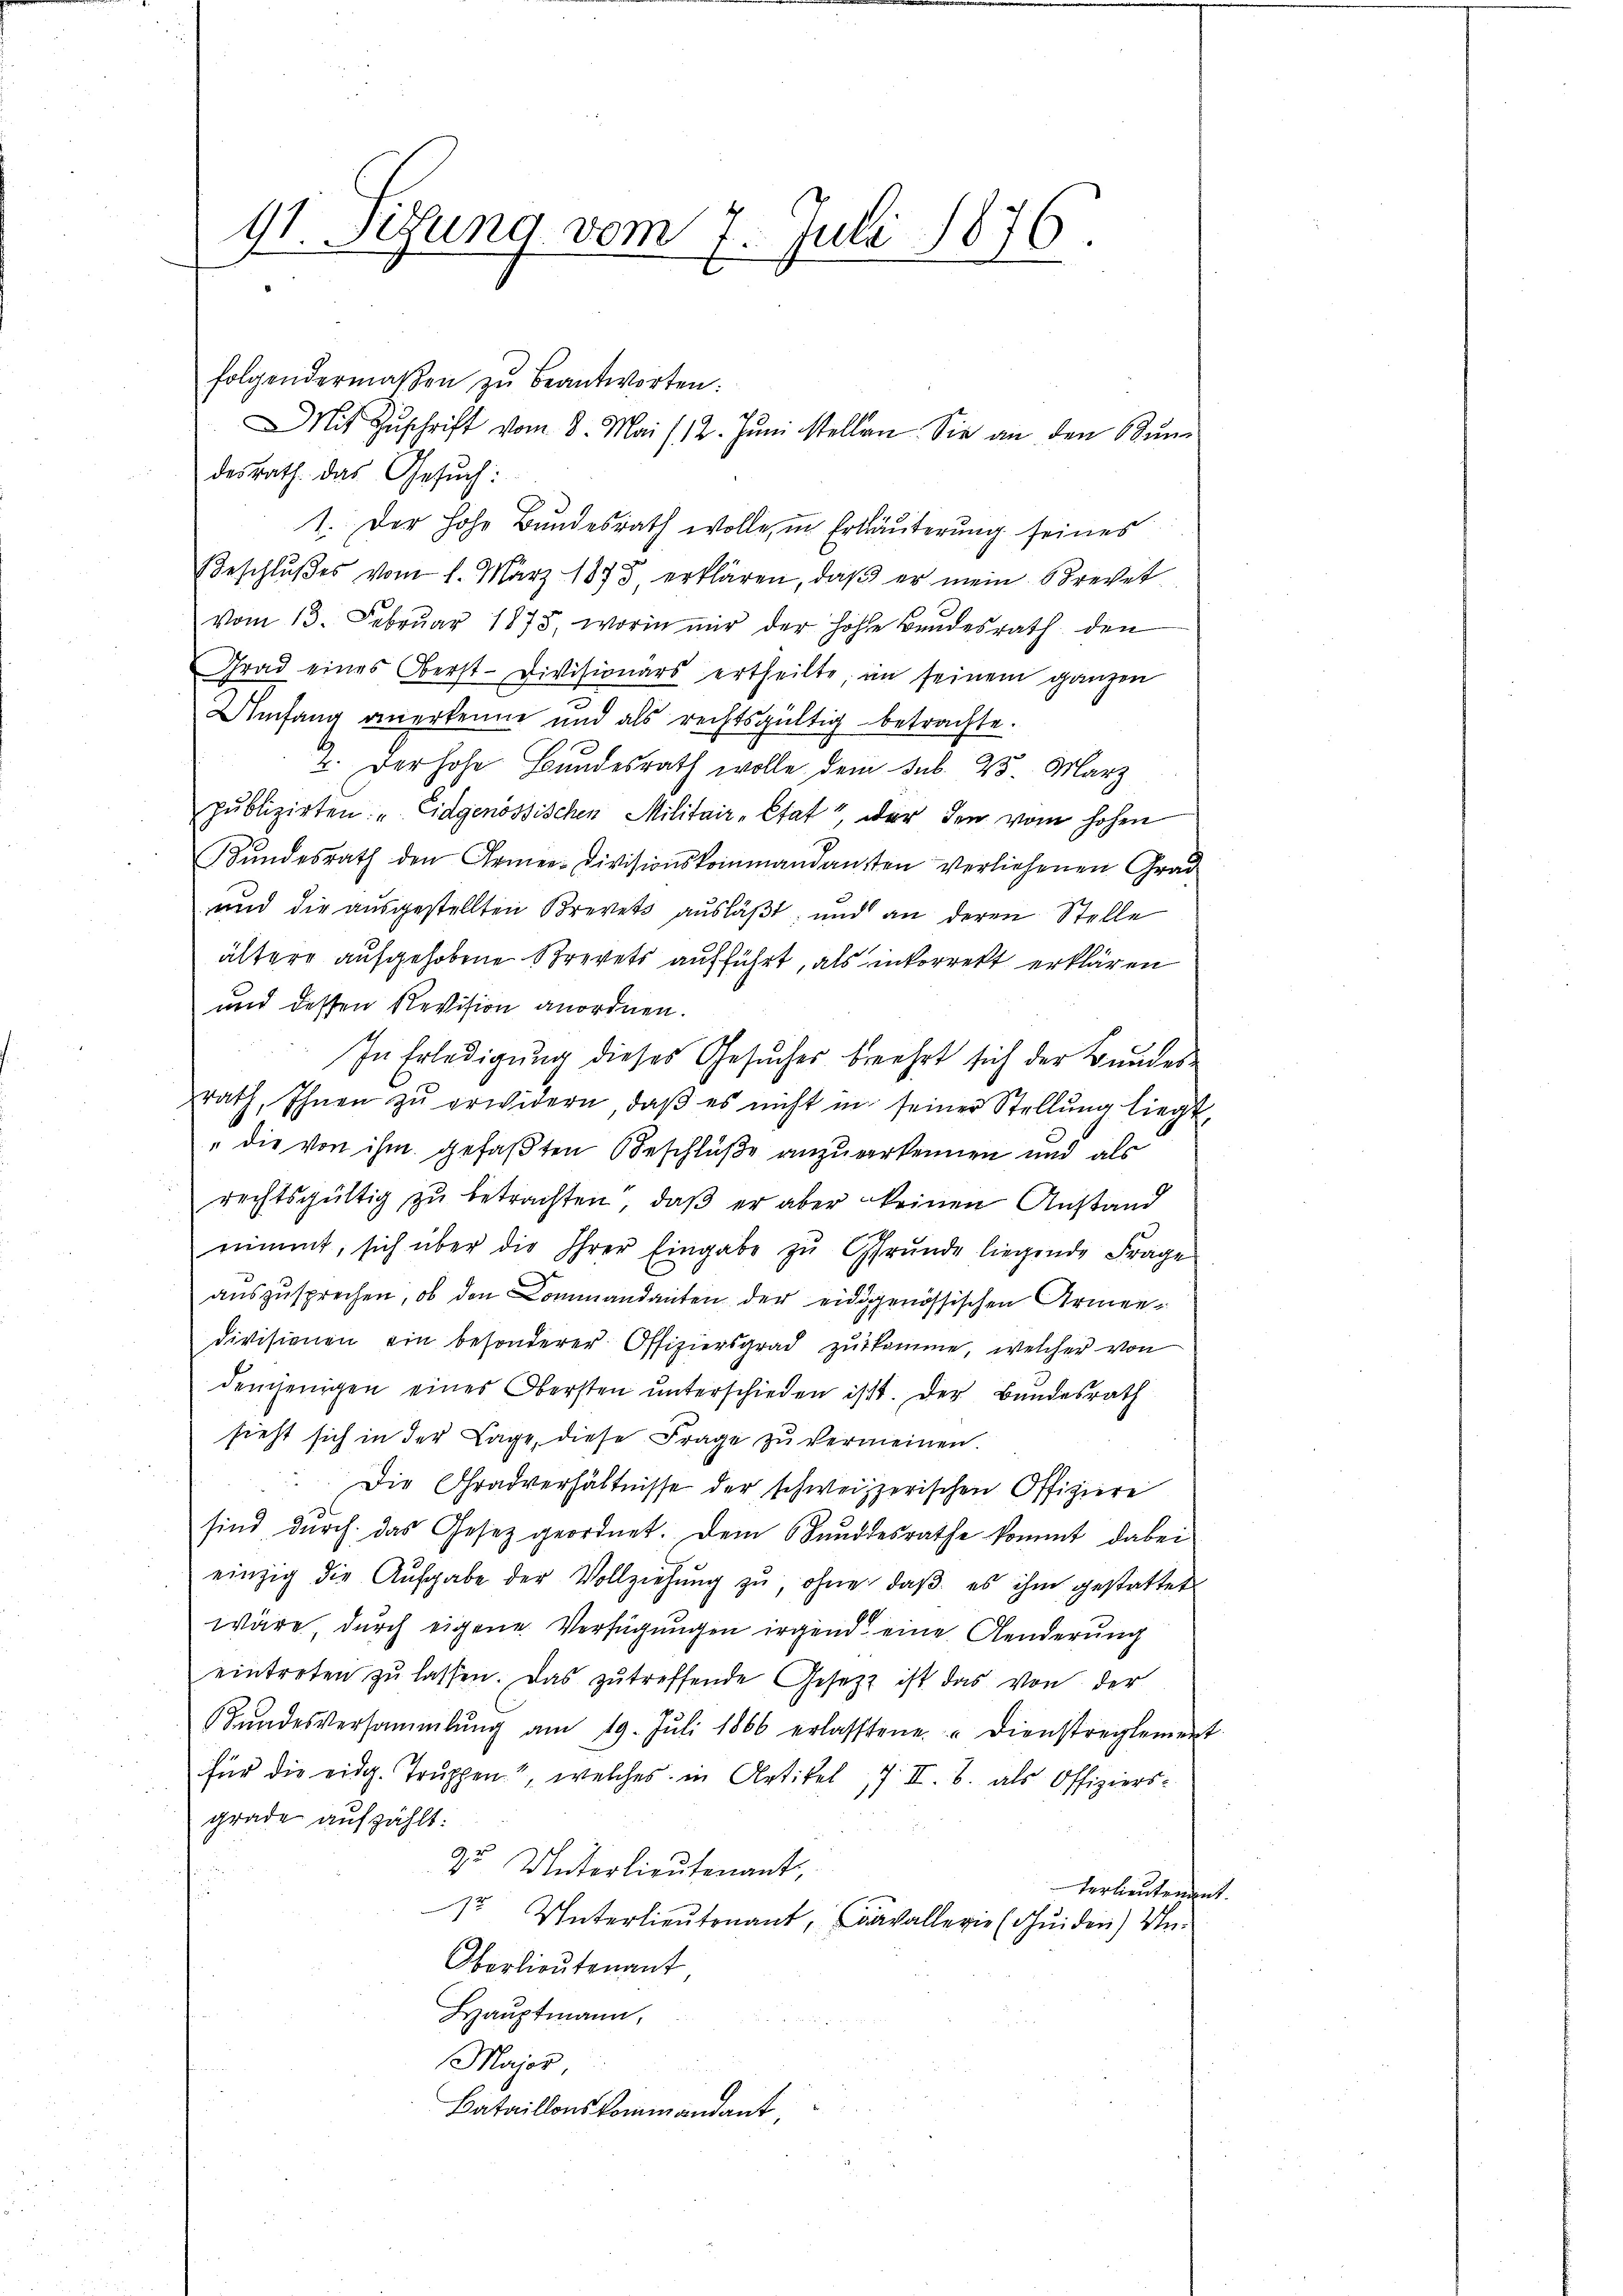
91. Sitzung vom 7. Juli 1876.

folgendermaβen zŭ beantworten:
desrath. das Gesuch:
1. Der hohe Bundesrath wolle, in Erläuterung seines
Beschlŭβes vom 1. März 1873 erklären, daβ er mein Brevet
vom 13. Febrŭar 1875, worin mir der hohe Bundesrath den
Grad eines Oberst-Divisionars ertheilte, in seinem ganzen
Umfang anerkenne und als rechtsgültig betrachte.
4. Der hohe Bundesrath wolle, dem Sub. 25. März
publizirten: „Eidgenössischen Militair-Etat“, der den vom hohen
Bŭndesrath den Armee-Divisionskommandansten verliehenen Grad
und die ausgestellten Brevets ausläßt, und an deren Stelle
ältere aufgehobene Brevets aufführt, als inkorrekt erklären
und dessen Revision anordnen.
In Erledigung dieses Gesucher beehrt sich der Bundes-
rath, Ihnen zŭ erwidern, daβ es nicht in seiner Stellŭng liegt,
" die von ihm gefaßten Beschlüße anzuerkennen und als
rechtsgültig zu betrachten, daß er aber keinen Anstand
nimmt, sich über die Ihrer Eingabe zŭ Grŭnde liegende Frage
auszusprechen, ob den Commandanten der eidgenössischen Armendivisionen ein besonderer Offiziersgrad zukomme, welcher von
demjenigen eines Obersten ŭnterschieden ist. Der Bundesrath
sieht sich in der Tage, diese Frage zŭ vermeinen.
Die Gradverhältnisse der schweizzerischen Offiziere
sind durch das Gesetz geordnet. Dem Sunddesrathe kommt dabei
einzig die Aufgabe der Vollziehŭng zŭ, ohne daβ es ihm gestattet
wäre, durch eigene Verfügungen irgend eine Aenderung
eintreten zŭ lassen. Das zŭ treffende Gesetzt ist das von der
ŭndesversammlung am 19. Jŭli 1866 erlassene. Dienstreglement
für die eidg. Truppen", welches in Artikel 17 II. B. als Offiziers-
grade aufzählt:
2 Unterlieutenant,
Verleutenden
1 Unterlieutenant, Cavallerie (Suiden) Un¬
Oberlieutenant
Hauptmann,
Major
Bataillons kommandant,

Mit Zŭschrift vom 8. Mai /12. Jŭni stellen. Sie an den Bŭn

1.